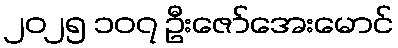
၂၀၂၅ ၁၀၇ ဦးဇော်အေးမောင်